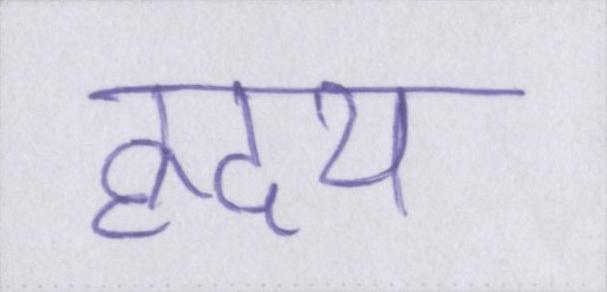
ह्रदय